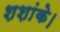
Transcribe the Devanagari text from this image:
शशांके।